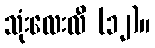
သုံးလေးလီ (၁၂)။